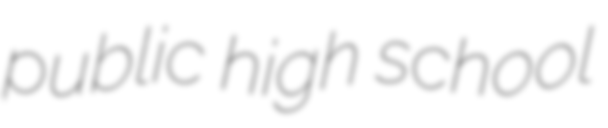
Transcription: public high school